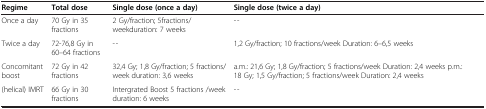
<table><thead><tr><td><b>Regime</b></td><td><b>Total dose</b></td><td><b>Single dose (once a day)</b></td><td><b>Single dose (twice a day)</b></td></tr></thead><tbody><tr><td>Once a day</td><td>70 Gy in 35 fractions</td><td>2 Gy/fraction; 5fractions/weekduration: 7 weeks</td><td>--</td></tr><tr><td>Twice a day</td><td>72-76,8 Gy in 60–64 fractions</td><td>--</td><td>1,2 Gy/fraction; 10 fractions/week Duration: 6–6,5 weeks</td></tr><tr><td>Concomitant boost</td><td>72 Gy in 42 fractions</td><td>32,4 Gy; 1,8 Gy/fraction; 5 fractions/week duration: 3,6 weeks</td><td>a.m.: 21,6 Gy; 1,8 Gy/fraction; 5 fractions/week Duration: 2,4 weeks p.m.: 18 Gy; 1,5 Gy/fraction; 5 fractions/week Duration: 2,4 weeks</td></tr><tr><td>(helical) IMRT</td><td>66 Gy in 30 fractions</td><td>Intergrated Boost 5 fractions /week duration: 6 weeks</td><td>--</td></tr></tbody></table>